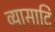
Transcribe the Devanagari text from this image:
व्यासादि